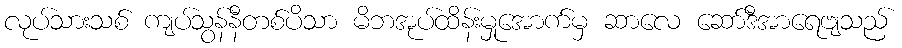
လုပ်သားသစ် ကျပ်သွန်နီတစ်ပိသာ မိဘအုပ်ထိန်းမှုအောက်မှ ဆာလေ ဆော်ဒီအာရေဗျသည်